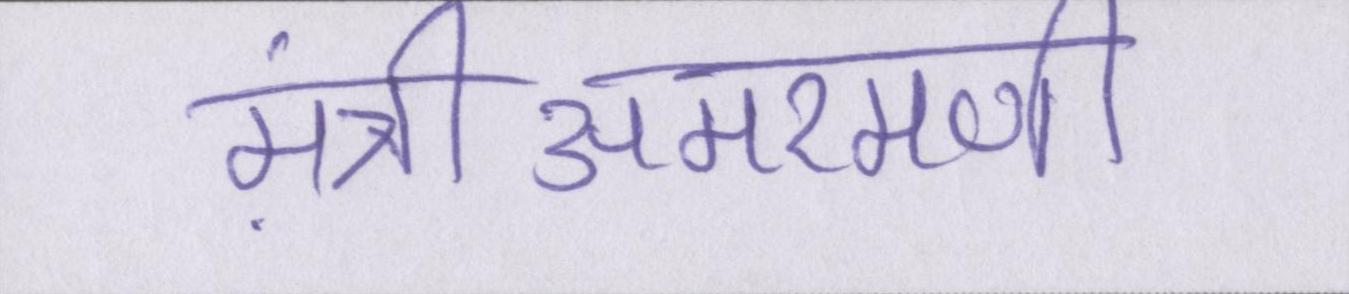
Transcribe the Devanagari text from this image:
मंत्रीअमरमणी